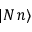
| N \, n \rangle